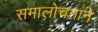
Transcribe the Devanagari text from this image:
समालोचनाने